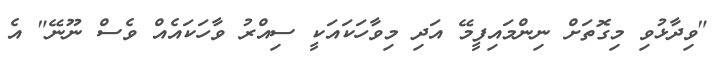
"ވިދާޅުވި މިގޮތަށް ނިންމައިފީމޭ އަދި މިވާހަކައަކީ ސިއްރު ވާހަކައެއް ވެސް ނޫނޭ" އެ